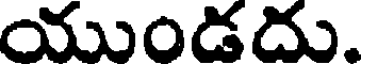
యుండదు.